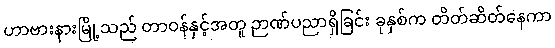
ဟာဗားနားမြို့သည် တာဝန်နှင့်အတူ ဉာဏ်ပညာရှိခြင်း ခုနှစ်က တိတ်ဆိတ်နေကာ